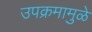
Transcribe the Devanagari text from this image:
उपक्रमामुळे